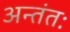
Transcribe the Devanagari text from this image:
अन्तंतः